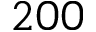
2 0 0